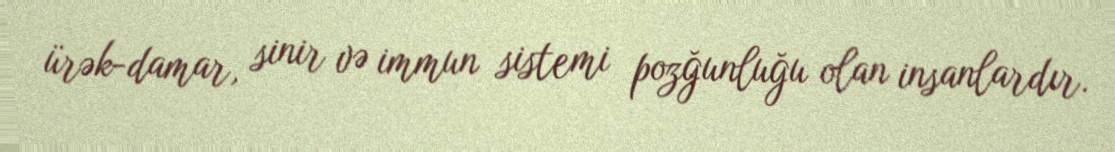
ürək-damar, sinir və immun sistemi pozğunluğu olan insanlardır.